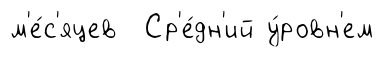
м'е́с'яцев Ср'е́дн'ий у́ровн'ем